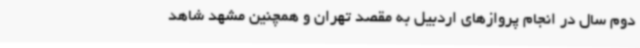
دوم سال در انجام پروازهای اردبیل به مقصد تهران و همچنین مشهد شاهد